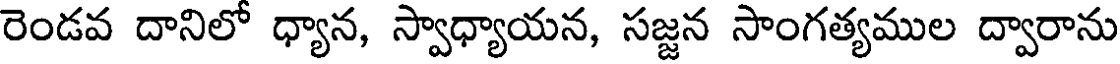
రెండవ దానిలో ధ్యాన, స్వాధ్యాయన, సజ్జన సాంగత్యముల ద్వారాను